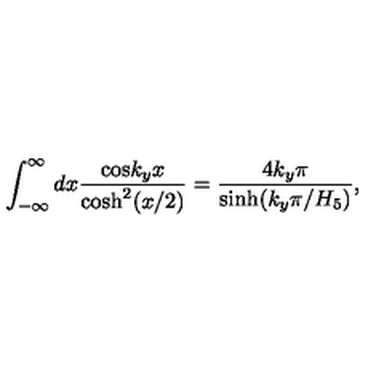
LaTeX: \int _ { - \infty } ^ { \infty } d x { \frac { \mathrm { c o s } { k _ { y } x } } { \mathrm { c o s h } ^ { 2 } ( x / 2 ) } } = { \frac { 4 k _ { y } \pi } { \mathrm { s i n h } ( k _ { y } \pi / H _ { 5 } ) } } ,